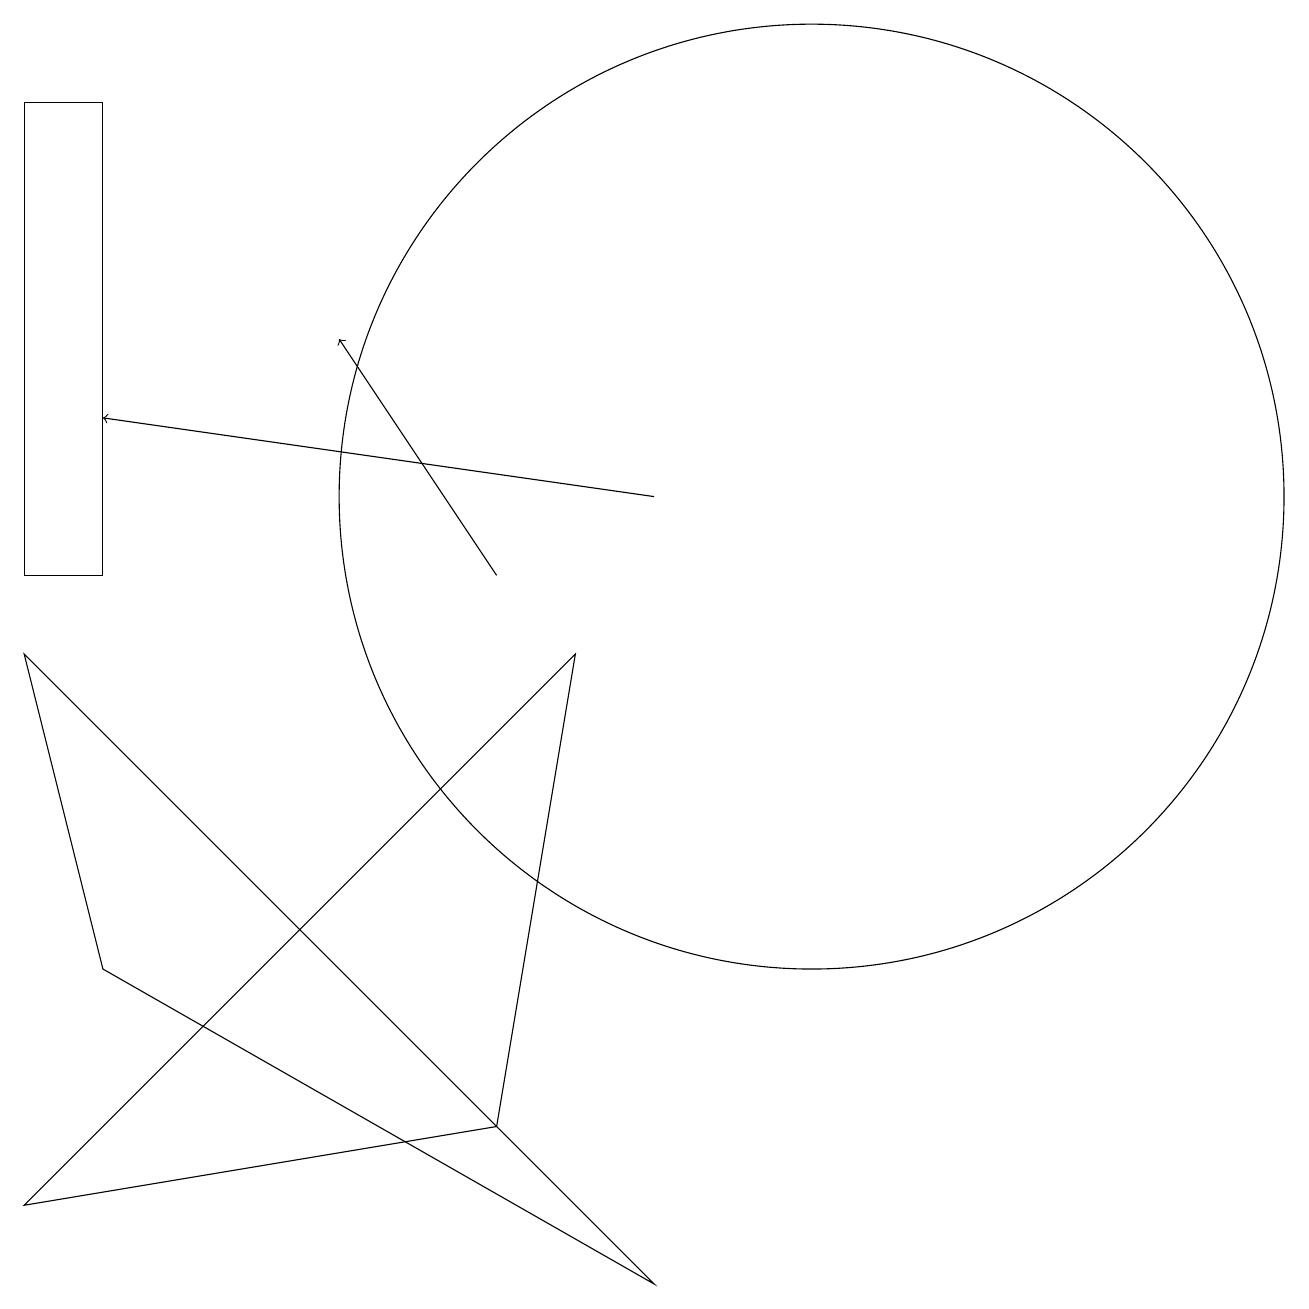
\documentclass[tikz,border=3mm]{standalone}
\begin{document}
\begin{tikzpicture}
\draw (1,2) -- (7,3) -- (8,9) -- cycle;
\draw[->] (9,11) -- (2,12);
\draw (9,1) -- (2,5) -- (1,9) -- cycle;
\draw (2,10) rectangle (1,16);
\draw[->] (7,10) -- (5,13);
\draw (11,11) circle (6);
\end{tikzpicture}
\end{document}